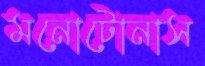
মনোটোনাস